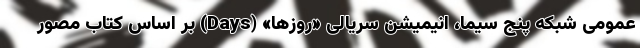
عمومی شبکه پنج سیما، انیمیشن سریالی «روزها» (Days) بر اساس کتاب مصور